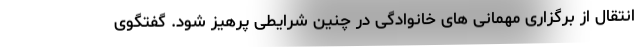
انتقال از برگزاری مهمانی های خانوادگی در چنین شرایطی پرهیز شود. گفتگوی